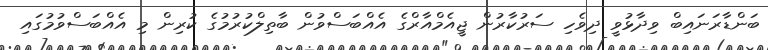
ބަންޑާރަނައިބް ވިދާޅުވީ ދިވެހި ސަރުކާރުން ޖީއެމްއާރްގެ އެއްބަސްވުން ބާތިލްކުރުމުގެ ކުރިން މި އެއްބަސްވުމުގައި